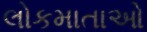
લોકમાતાઓ